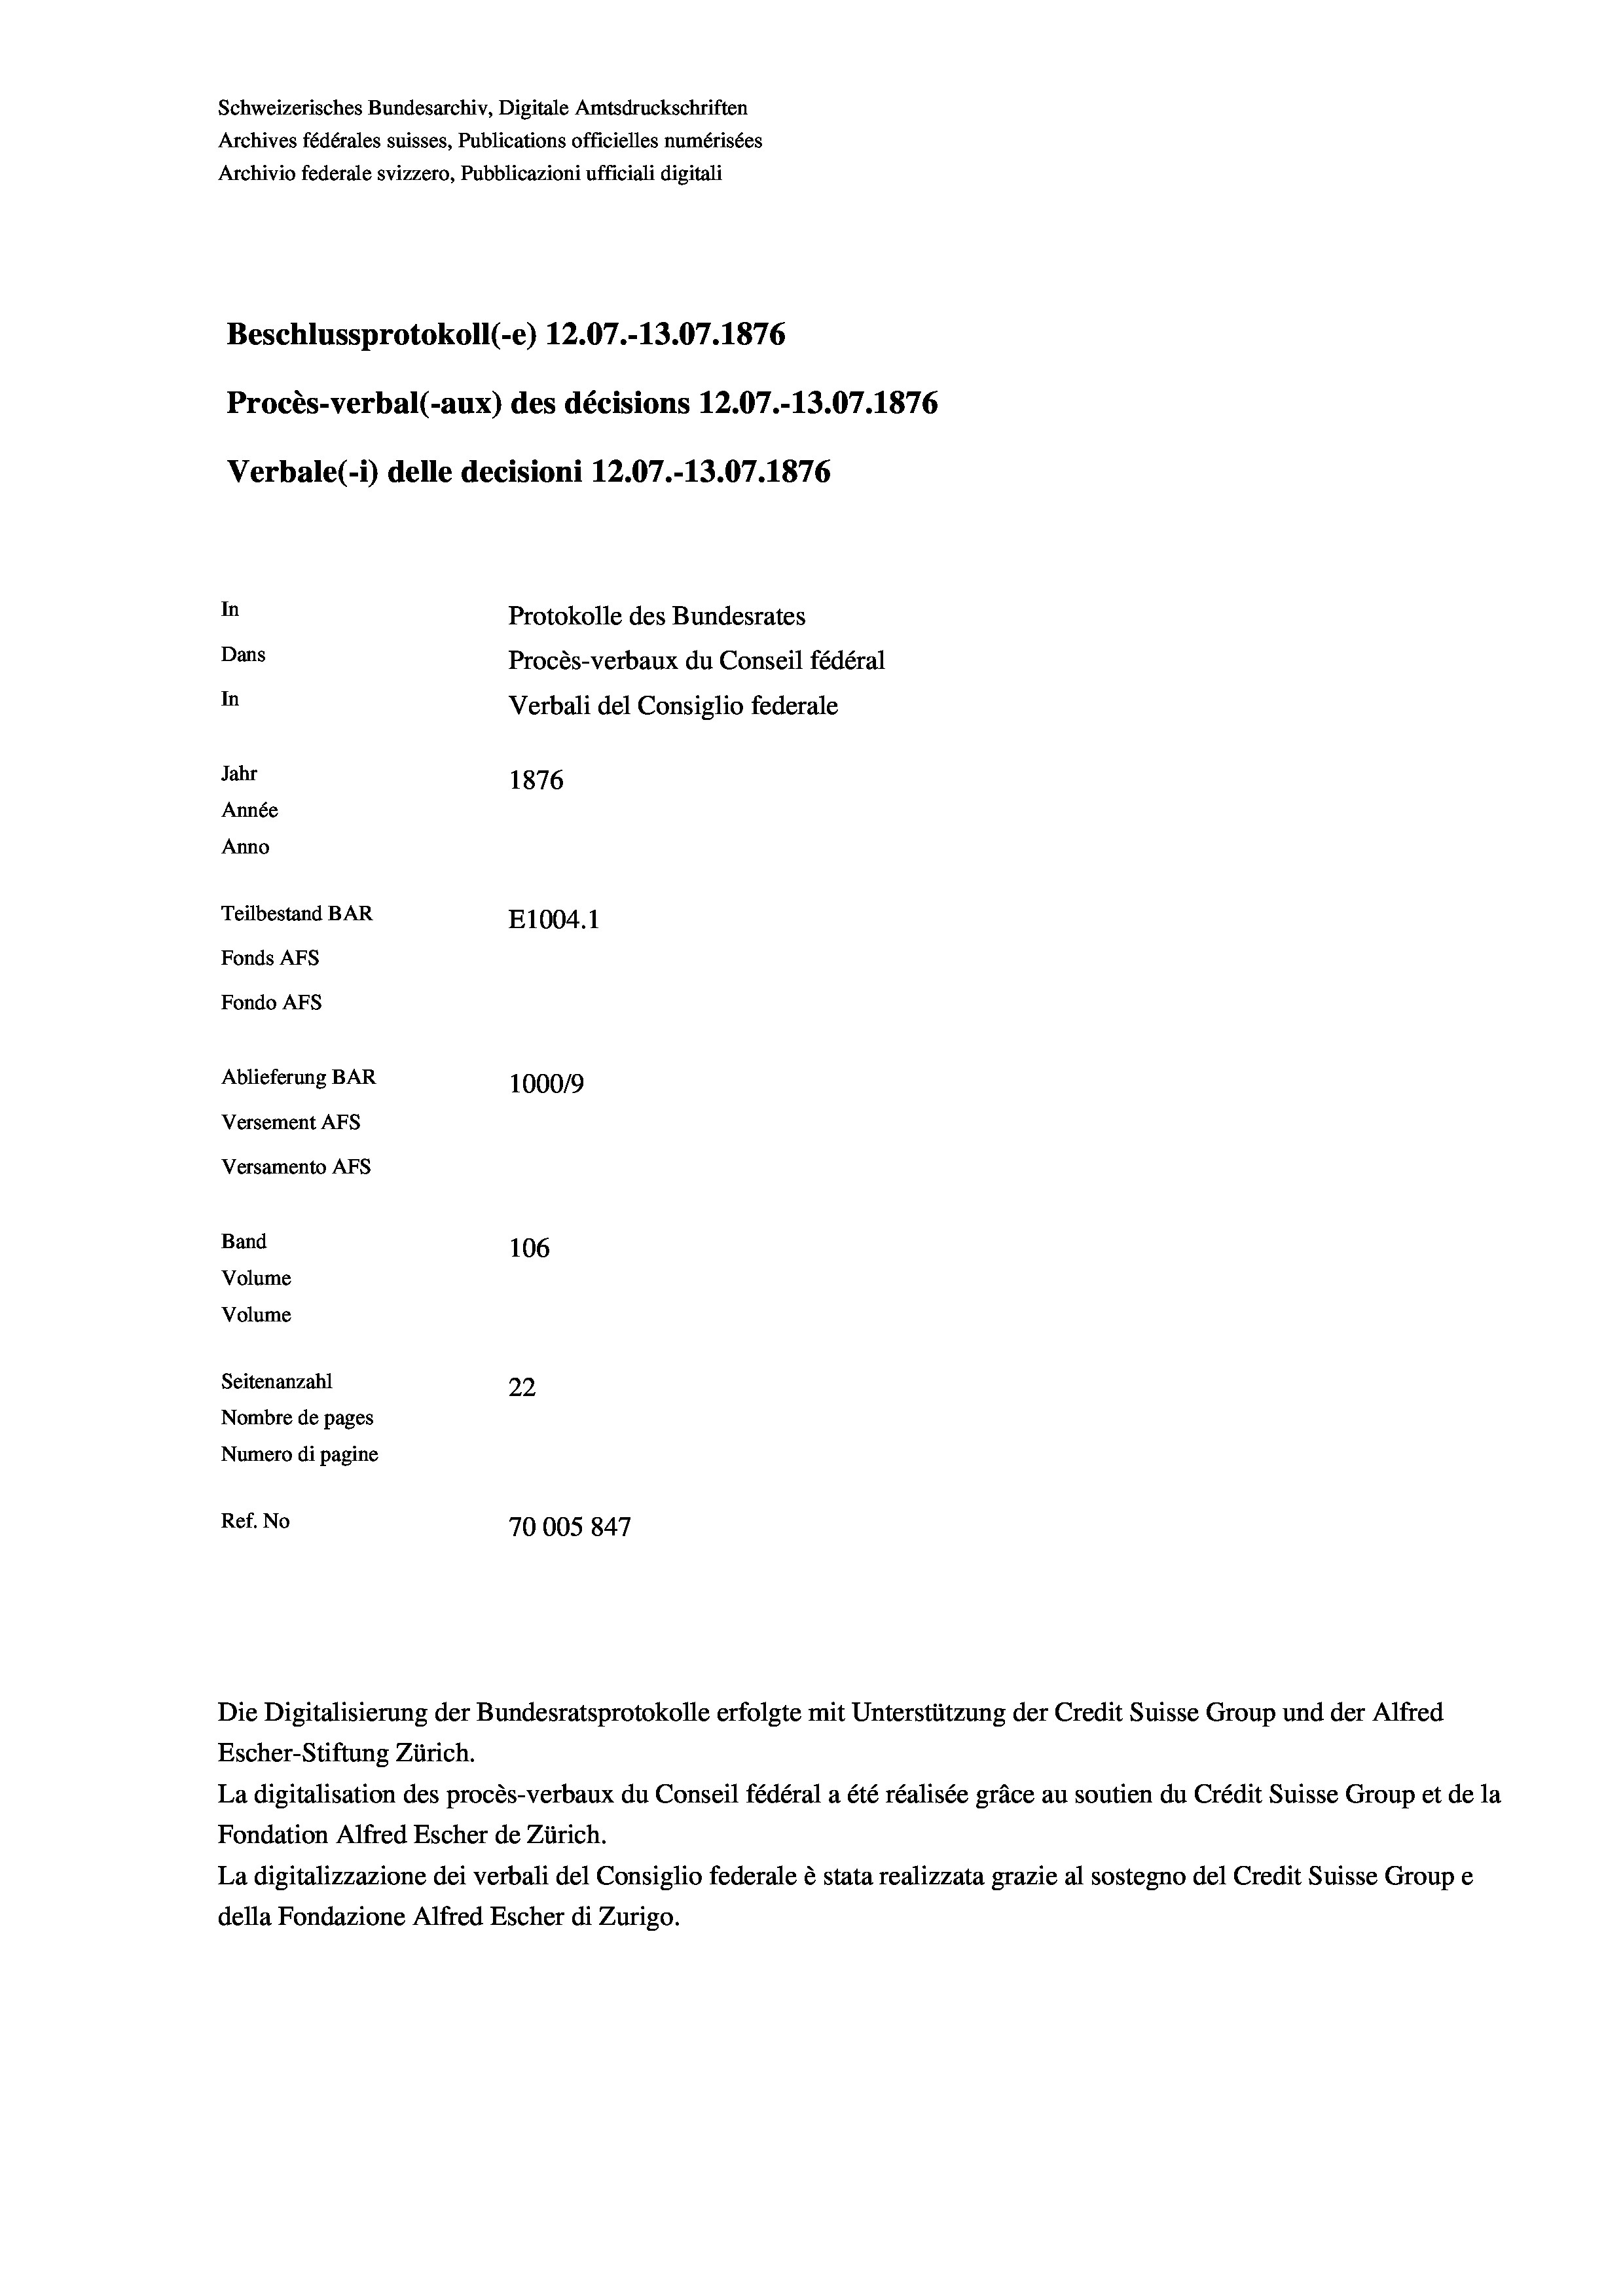
Schweizerisches Bundesarchiv, Digitale Amtsdruckschriften
Archives fédérales suisses, Publications officielles numérisées
Archivio federale svizzero, Pubblicazioni ufficiali digitali
Beschlussprotokoll (-e) 12.07.-13.07. 1876
Procès-verbal (-aux) des décisions 12.07.-13.07. 1876
Verbale(-*) delle decisioni 12.07.-13.07. 1876
In
Protokolle des Bundesrates
Dans
Procès-verbaux du Conseil fédéral
In
Verbali del Consiglio federale
Jahr
1876
Année
Anno
Teilbestand BAR
E1004.1
Fonds AFs
Fondo Afs
Ablieferung BAR
100019
Versement AFs
Versamento Afs
Band
106
Volume
Volume
Seitenanzahl
22
Nombre de pages
Numero di pagine
Ref. No
70005847

Die Digitalisierung der Bundesratsprotokolle erfolgte mit Unterstützung der Credit Suisse Group und der Alfred
Escher-Stiftung Zürich.
La digitalisation des procès-verbaux du Conseil fédéral a été réalisée gräce au soutien du Crédit Suisse Group et de la
Fondation Alfred Escher de Zürich.
La digitalizzazione dei verbali del Consiglio federale è stata realizzata grazie al sostegno del Credit Suisse Groupe
della Fondazione Alfred Escher di Zurigo.